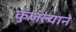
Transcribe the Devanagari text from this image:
कुजल्याने